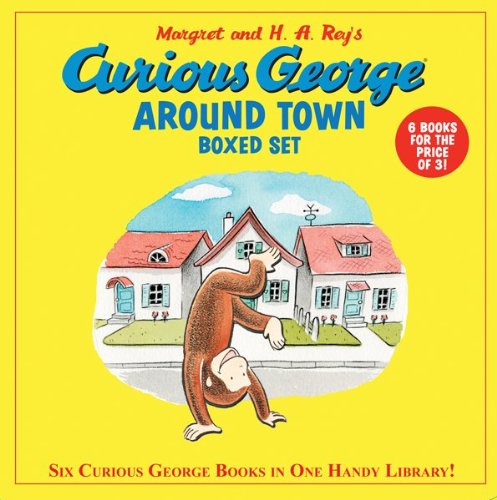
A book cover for Curious George Around Town (6 Volume Set); H. A. Rey; Children's Books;